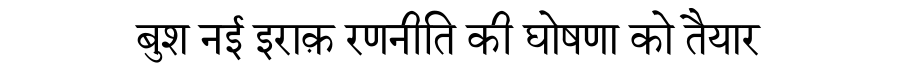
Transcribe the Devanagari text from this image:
बुश नई इराक़ रणनीति की घोषणा को तैयार